Rangoon Lunatic Asylum 1878-1892 - 1878-1892
Year: 1878
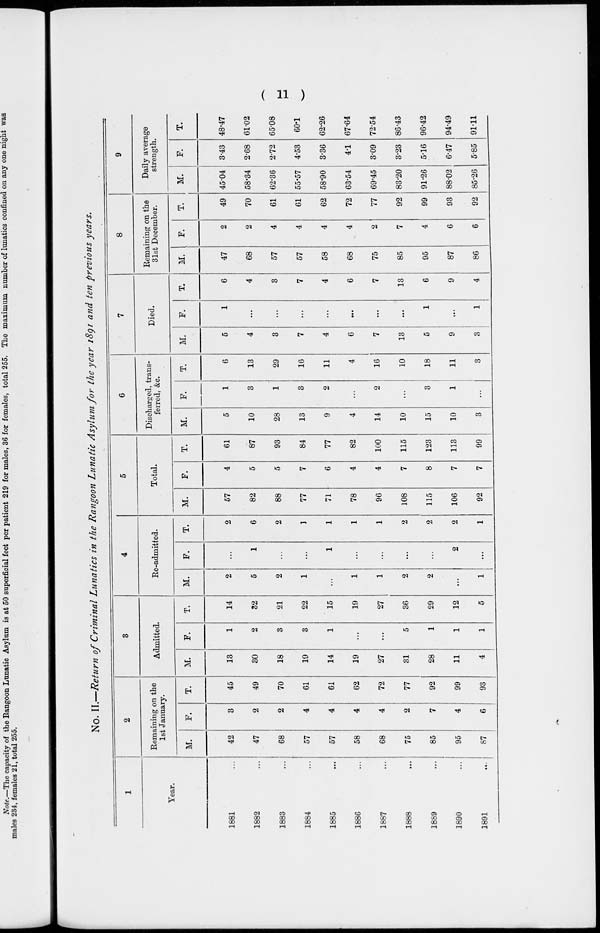
( 11 )
No. II.—Return of Criminal Lunatics in the Rangoon Lunatic Asylum for the year 1891 and ten previous years.
1
Year.
1881 ...
1882 ...
1883 ...
1884 ...
1885 ...
1886 ...
1887 ...
1888 ...
1889 ...
1890 ...
1891 ...
2
Remaining on the
1st January.
M.
42
47
68
57
57
58
68
75
85
95
87
F.
3
2
2
4
4
4
4
2
7
4
6
T.
45
49
70
61
61
62
72
77
92
99
93
3
Admitted.
M.
13
30
18
19
14
19
27
31
28
11
4
F.
1
2
3
3
1
...
...
5
1
1
1
T.
14
32
21
22
15
19
27
36
29
12
5
4
Re-admitted.
M.
2
5
2
1
...
1
1
2
2
...
1
F.
...
1
...
...
1
...
...
...
...
2
...
T.
2
6
2
1
1
1
1
2
2
2
1
5
Total.
M.
57
82
88
77
71
78
96
108
115
106
92
F.
4
5
5
7
6
4
4
7
8
7
7
T.
61
87
93
84
77
82
100
115
123
113
99
6
Discharged, trans-
ferred, &c.
M.
5
10
28
13
9
4
14
10
15
10
3
F.
1
3
1
3
2
...
2
...
3
1
...
T.
6
13
29
16
11
4
16
10
18
11
3
7
Died.
M.
5
4
3
7
4
6
7
13
5
9
3
F.
1
...
...
...
...
...
...
...
1
...
1
T.
6
4
3
7
4
6
7
13
6
9
4
8
Remaining on the
31st December.
M.
47
68
57
57
58
68
75
85
95
87
86
F.
2
2
4
4
4
4
2
7
4
6
6
T.
49
70
61
61
62
72
77
92
99
93
92
9
Daily average
strength.
M.
45.04
58.34
62.36
55.57
58.90
63.54
69.45
83.20
91.26
88.02
85.26
F.
3.43
2.68
2.72
4.53
3.36
4.1
3.09
3.23
5.16
6.47
5.85
T.
48.47
61.02
65.08
60.1
62.26
67.64
72.54
86.43
96.42
94.49
91.11